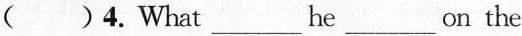
( )4.What ___ he ___ on the